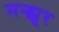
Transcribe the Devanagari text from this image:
मन्झूर